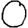
Digit: 0